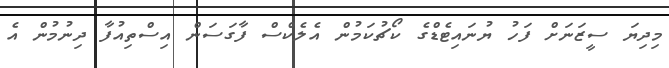
މިދިޔަ ސީޒަނަށް ފަހު ޔުނައިޓެޑްގެ ކޯޗުކަމުން އެލެކްސް ފާގަސަން އިސްތިއުފާ ދިނުމުން އެ